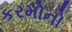
કરમોનો